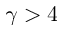
\gamma > 4